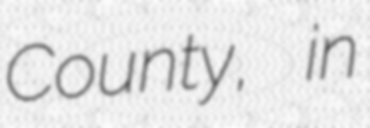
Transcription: County, in